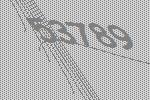
53789